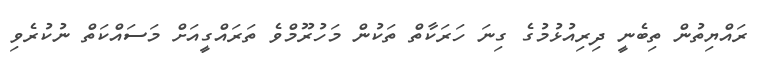
ރައްޔިތުން ތިބެނީ ދިރިއުޅުމުގެ ގިނަ ހަރަކާތް ތަކުން މަހުރޫމްވެ ތަރައްގީއަށް މަސައްކަތް ނުކުރެވި